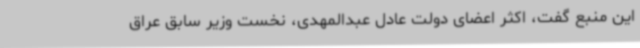
این منبع گفت، اکثر اعضای دولت عادل عبدالمهدی، نخست وزیر سابق عراق